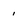
Character: 1